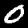
Digit: 0